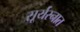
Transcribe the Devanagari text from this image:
सूर्यस्नात